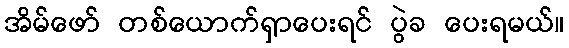
အိမ်ဖော် တစ်ယောက်ရှာပေးရင် ပွဲခ ပေးရမယ်။